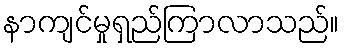
နာကျင်မှုရှည်ကြာလာသည်။